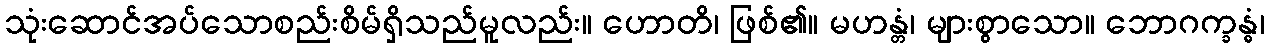
သုံးဆောင်အပ်သောစည်းစိမ်ရှိသည်မူလည်း။ ဟောတိ၊ ဖြစ်၏။ မဟန္တံ၊ များစွာသော။ ဘောဂက္ခန္ဓံ၊